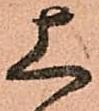
上